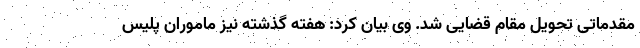
مقدماتی تحویل مقام قضایی شد. وی بیان کرد: هفته گذشته نیز ماموران پلیس